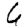
Digit: 6